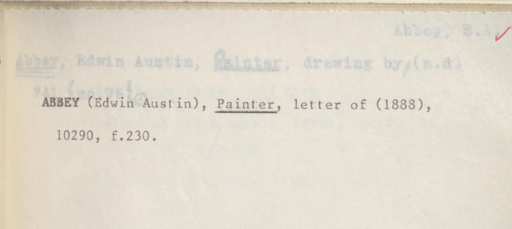
Label: content